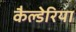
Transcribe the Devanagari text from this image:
कैल्डेरिया